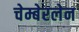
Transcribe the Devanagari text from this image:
चेम्बेरलेन